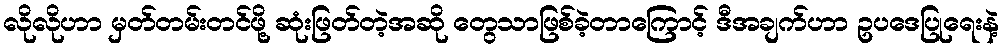
လိုလိုဟာ မှတ်တမ်းတင်ဖို့ ဆုံးဖြတ်တဲ့အဆို တွေသာဖြစ်ခဲ့တာကြောင့် ဒီအချက်ဟာ ဥပဒေပြုရေးနဲ့